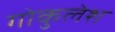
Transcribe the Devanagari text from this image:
गोकुलेश